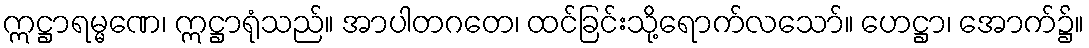
ဣဋ္ဌာရမ္မဏေ၊ ဣဋ္ဌာရုံသည်။ အာပါတဂတေ၊ ထင်ခြင်းသို့ရောက်လသော်။ ဟေဋ္ဌာ၊ အောက်၌။